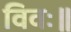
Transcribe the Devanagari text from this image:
विवः॥